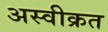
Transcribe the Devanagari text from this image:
अस्वीक्रत